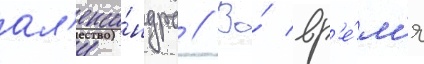
ал'екса́ндра // Во́ вр'е́м'я